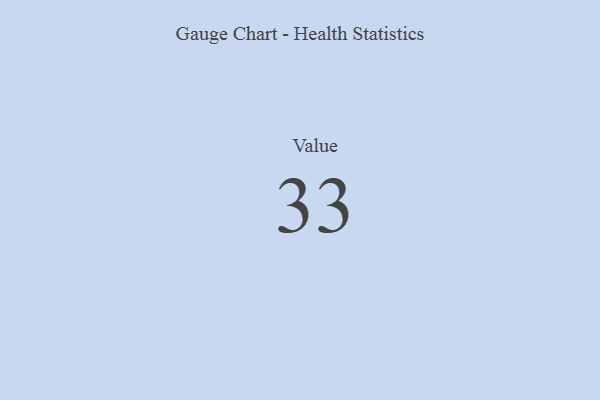
{"axis": {"x": "Metric", "y": "Value"}, "legend": [""], "data": [{"x": "Value", "y": 33, "type": ""}]}